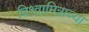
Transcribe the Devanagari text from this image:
विश्वामित्राच्या